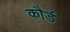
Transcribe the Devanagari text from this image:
कौर्ड